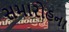
સમારોહના